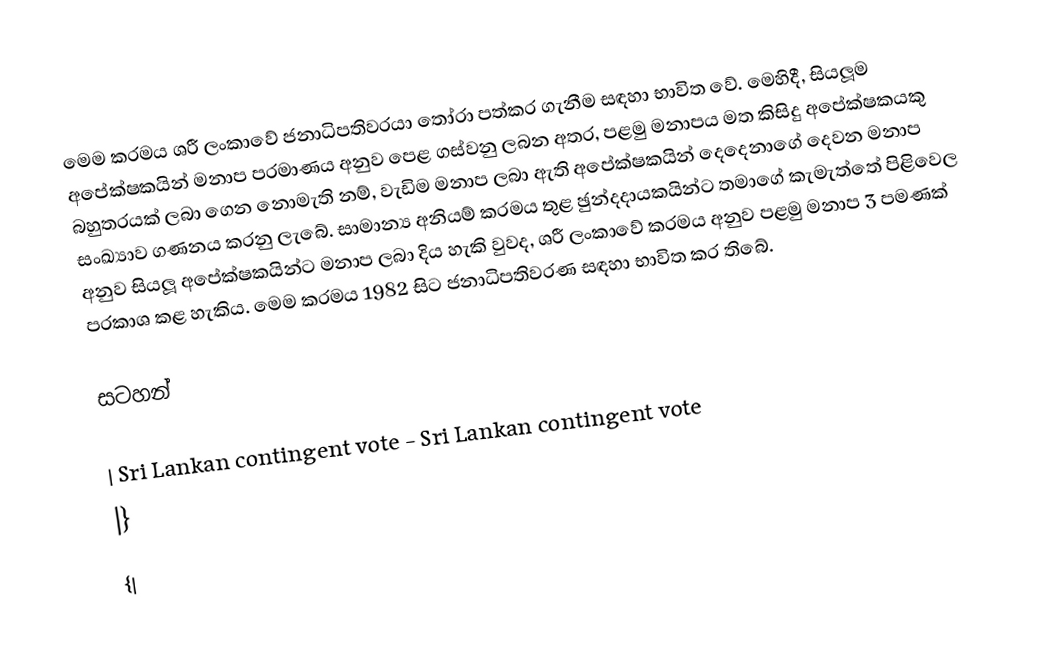
මෙම ක‍්‍රමය ශ‍්‍රී ලංකාවේ ජනාධිපතිවරයා තෝරා පත්කර ගැනීම සඳහා භාවිත වේ. මෙහිදී, සියලූම අපේක්ෂකයින් මනාප ප‍්‍රමාණය අනුව පෙළ ගස්වනු ලබන අතර, පළමු මනාපය මත කිසිදු අපේක්ෂකයකු බහුතරයක් ලබා ගෙන නොමැති නම්, වැඩිම මනාප ලබා ඇති අපේක්ෂකයින් දෙදෙනාගේ දෙවන මනාප සංඛ්‍යාව ගණනය කරනු ලැබේ. සාමාන්‍ය අනියම් ක‍්‍රමය තුළ ඡුන්දදායකයින්ට තමාගේ කැමැත්තේ පිළිවෙල අනුව සියලූ අපේක්ෂකයින්ට මනාප ලබා දිය හැකි වුවද, ශ‍්‍රී ලංකාවේ ක‍්‍රමය අනුව පළමු මනාප 3 පමණක් ප‍්‍රකාශ කළ හැකිය. මෙම ක‍්‍රමය 1982 සිට ජනාධිපතිවරණ සඳහා භාවිත කර තිබේ.

සටහන්

| Sri Lankan contingent vote - Sri Lankan contingent vote
|}
{|